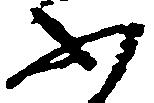
ふ